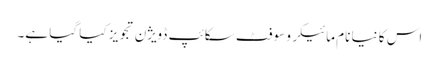
اس کا نیا نام مائیکرو سوفٹ سکائپ ڈویژن تجویز کیا گیا ہے۔